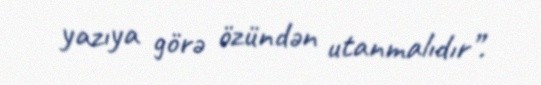
yazıya görə özündən utanmalıdır”.